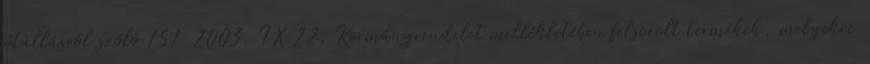
jótállásról szóló 151 2003. IX.22. Kormányrendelet mellékletében felsorolt termékek, melyekre